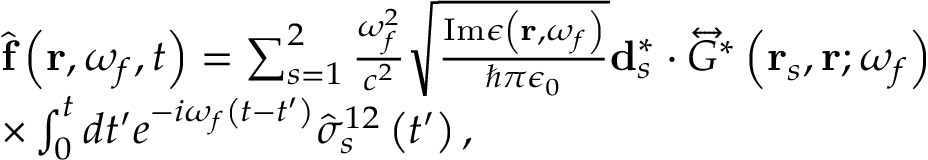
\begin{array} { r l } & { \hat { \mathbf { f } } \left( \mathbf { r } , \omega _ { f } , t \right) = \sum _ { s = 1 } ^ { 2 } \frac { \omega _ { f } ^ { 2 } } { c ^ { 2 } } \sqrt { \frac { \mathrm { I m } \epsilon \left( \mathbf { r } , \omega _ { f } \right) } { \hbar \pi \epsilon _ { 0 } } } \mathbf { d } _ { s } ^ { * } \cdot \overleftrightarrow { G } ^ { * } \left( \mathbf { r } _ { s } , \mathbf { r } ; \omega _ { f } \right) } \\ & { \times \int _ { 0 } ^ { t } d t ^ { \prime } e ^ { - i \omega _ { f } \left( t - t ^ { \prime } \right) } \hat { \sigma } _ { s } ^ { 1 2 } \left( t ^ { \prime } \right) , } \end{array}